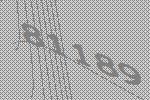
81189